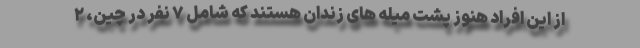
از این افراد هنوز پشت میله های زندان هستند که شامل ۷ نفر در چین، ۲